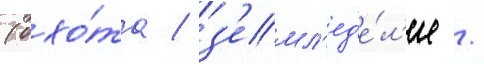
(охо́та / з'емл'ед'е́л'ие /